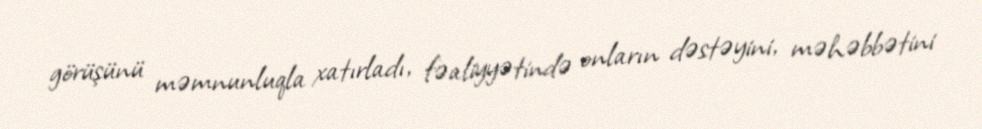
görüşünü məmnunluqla xatırladı, fəaliyyətində onların dəstəyini, məhəbbətini